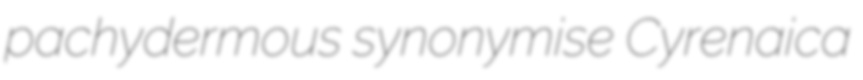
pachydermous synonymise Cyrenaica